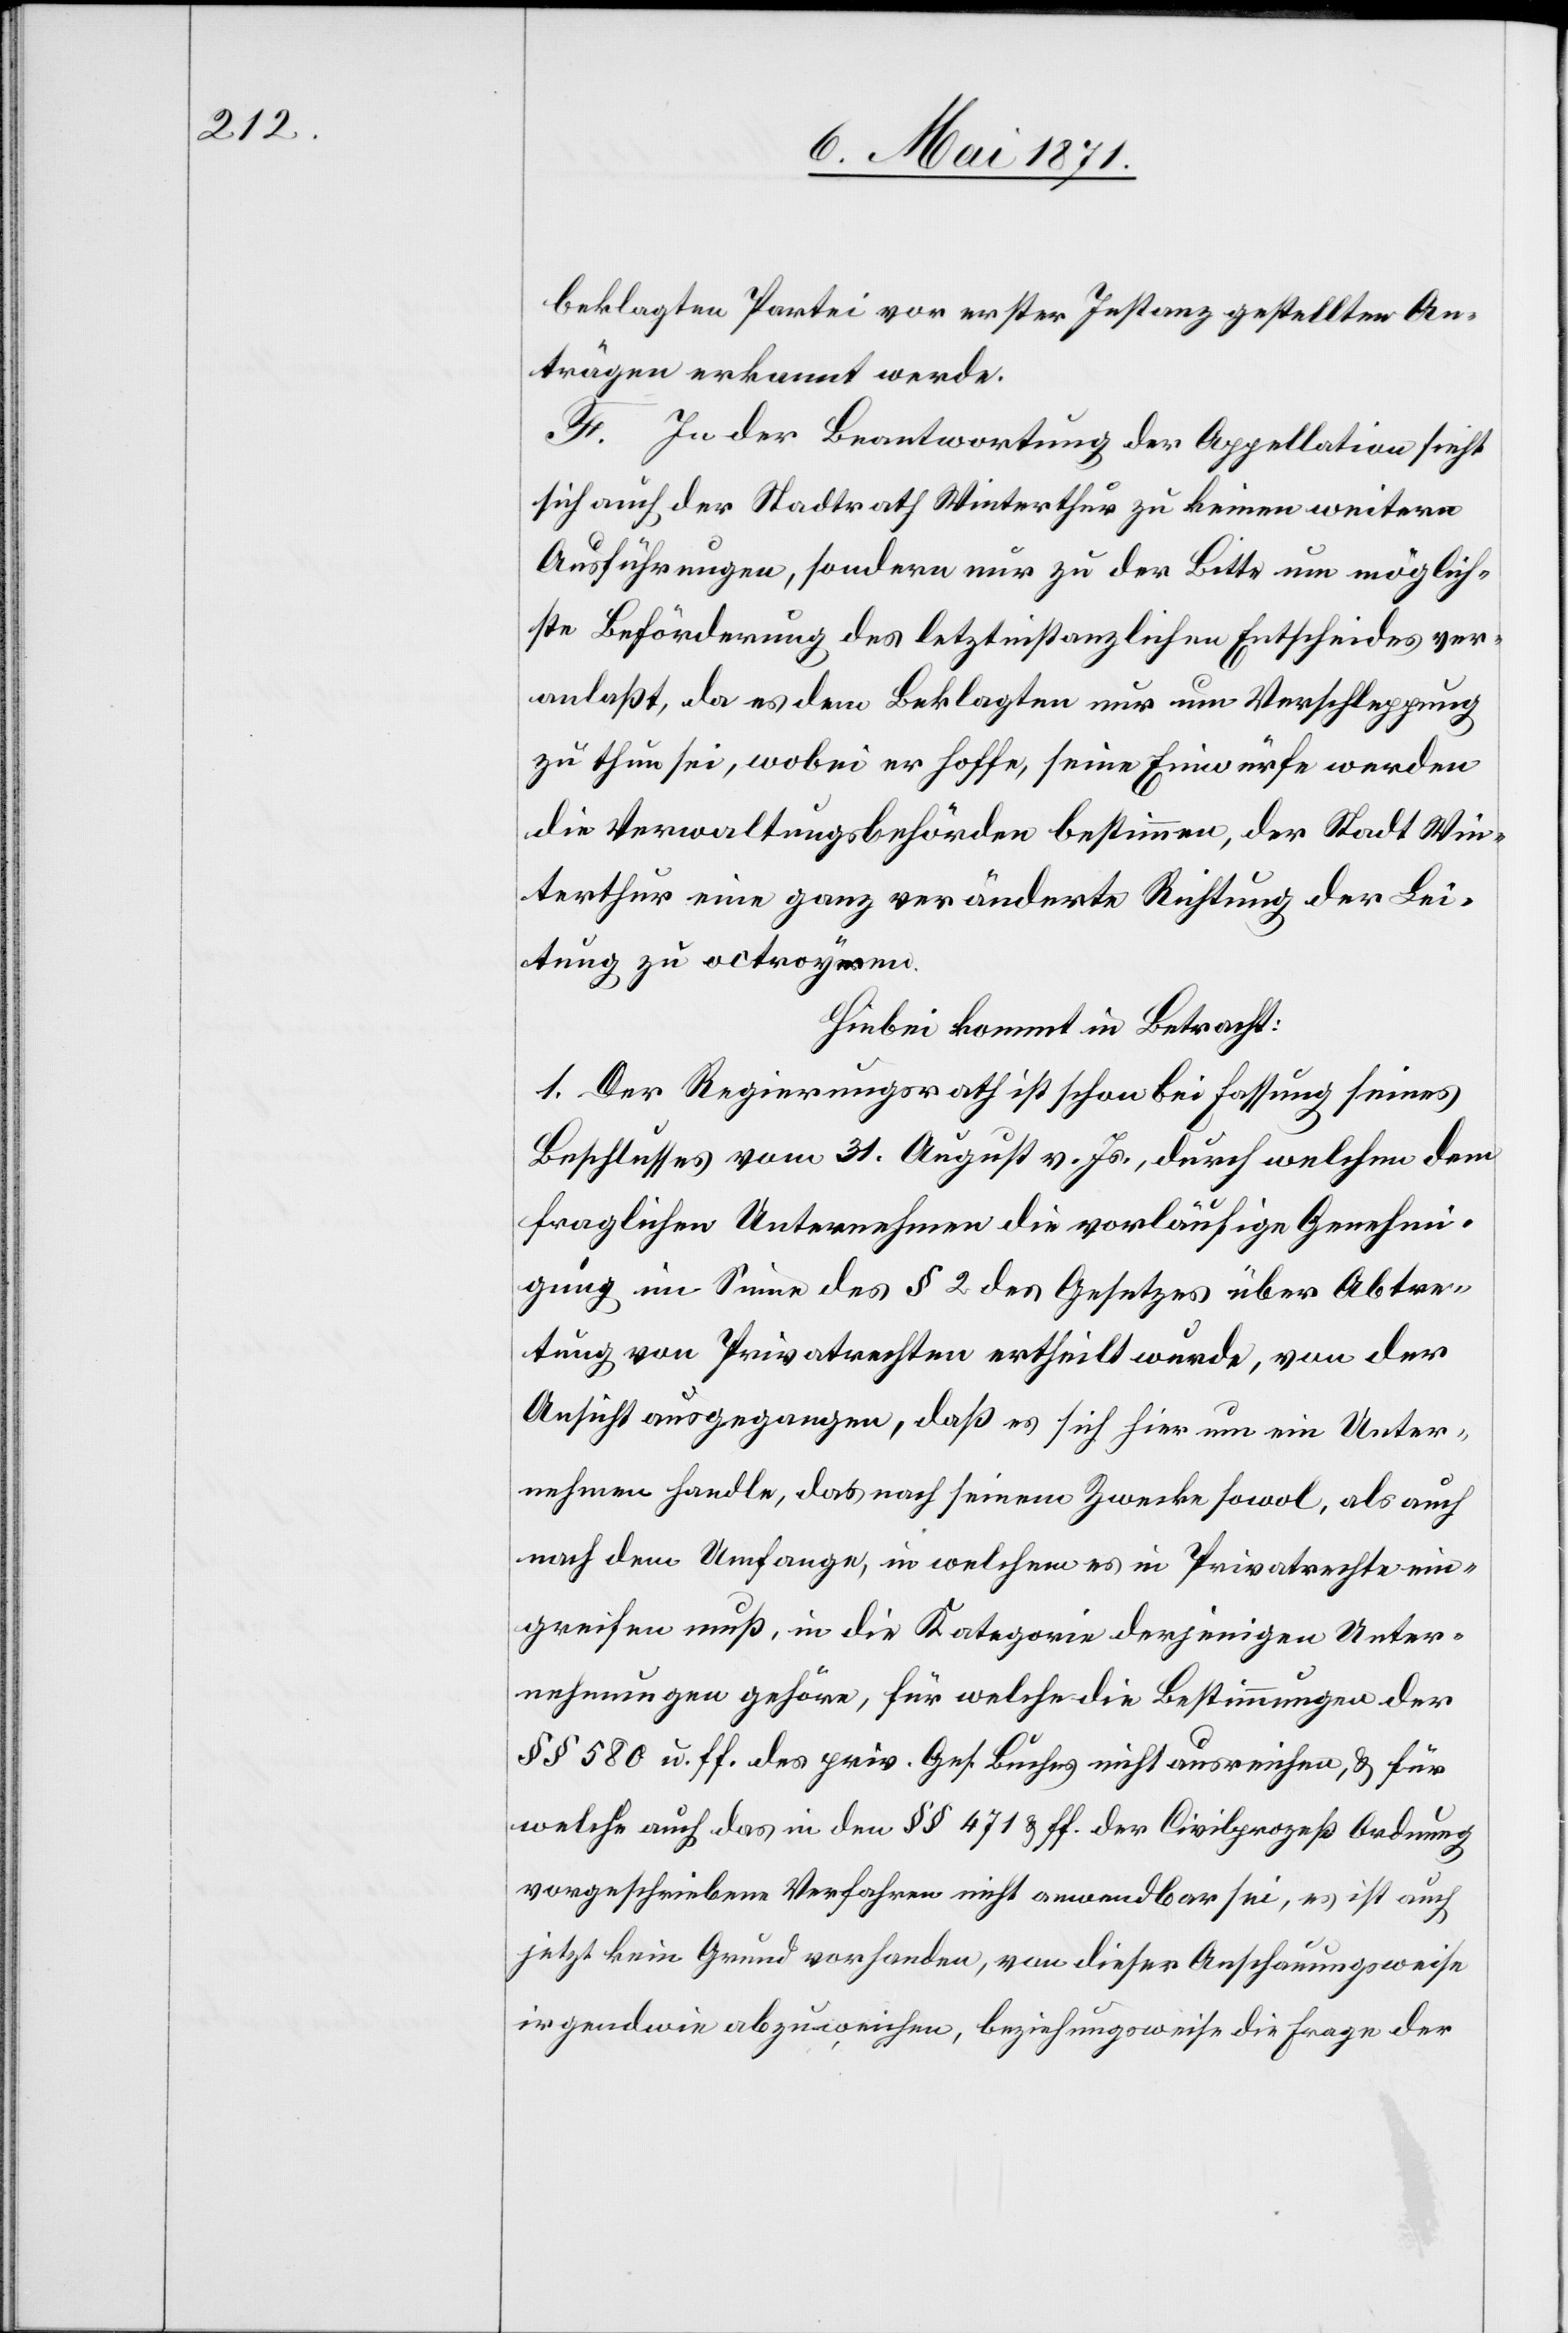
beklagten Partei vor erster Instanz gestellten An¬
trägen erkannt werde.
F. In der Beantwortung der Appellation sieht
sich auch der Stadtrath Winterthur zu keinen weitern
Ausführungen, sondern nur zu der Bitte um möglich¬
ste Beförderung des letztinstanzlichen Entscheides ver¬
anlaßt, da es dem Beklagten nur um Verpflegung
zu thun sei, wobei er hoffe, seine Einwürfe werden
die Verwaltungsbehörden bestimmen, der Stadt Win¬
terthur eine ganz veränderte Richtung der Lei¬
stung zu octroyiren.
Hiebei kommt in Betracht:
1. Der Regierungsrath ist schon bei Fassung seines
Beschlusses vom 31. August v. Js., durch welchen dem
fraglichen Unternehmen die vorläufige Genehmi¬
gung im Sinne des § 2 des Gesetzes über Abtre¬
tung von Privatrechten ertheilt wurde, von der
Ansicht ausgegangen, daß es sich hier um ein Unter¬
nehmen handle, das nach seinem Zwecke sowol, als auch
nach dem Umfange, in welchem es in Privatrechte ein¬
greifen muß, in die Kategorie derjenigen Unter¬
nehmungen gehöre, für welche die Bestimmungen der
§§ 580 u. ff. des priv. Ges. Buches nicht ausreichen, u. für
welche auch das in den §§ 471 u. ff. der Civilprozeß Ordnung
vorgeschriebene Verfahren nicht anwendbar sei, es ist auch
jetzt kein Grund vorhanden, von dieser Anschauungsweise
irgendwie abzuweichen, beziehungsweise die Frage der